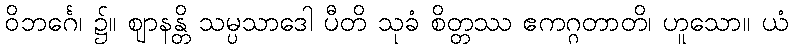
ဝိဘင်္ဂေ၊ ၌။ ဈာနန္တိ သမ္ပသာဒေါ ပီတိ သုခံ စိတ္တဿ ဧကဂ္ဂတာတိ၊ ဟူသော။ ယံ